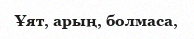
Ұят, арың, болмаса,